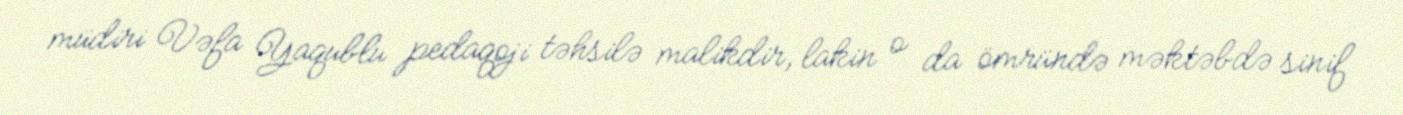
müdiri Vəfa Yaqublu pedaqoji təhsilə malikdir, lakin o da ömründə məktəbdə sinif